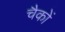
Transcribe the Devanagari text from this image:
चैकों